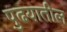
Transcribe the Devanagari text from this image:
पुढयातील